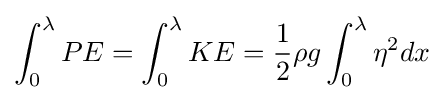
\int _{0}^{\lambda }PE=\int _{0}^{\lambda }KE={\frac {1}{2}}\rho g\int _{0}^{\lambda }\eta ^{2}dx